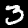
Digit: 3